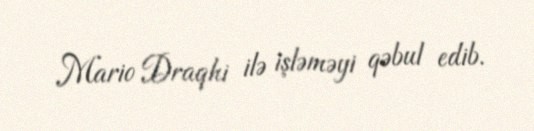
Mario Draqhi ilə işləməyi qəbul edib.